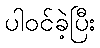
ပါဝင်ခဲ့ပြီး